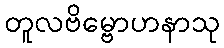
တူလဗိမ္ဗောဟနာသု